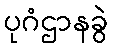
ပုဂံဌာနခွဲ